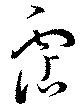
霑